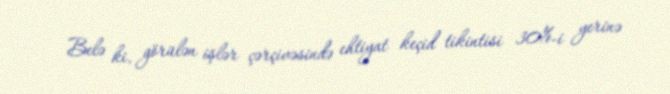
Belə ki, görülən işlər çərçivəsində ehtiyat keçid tikintisi 30%-i yerinə